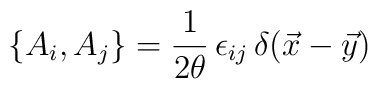
\{ A_i,A_j \} = { 1 \over 2 \theta}\, \epsilon_{ij} \,\delta(\vec x - \vec y)